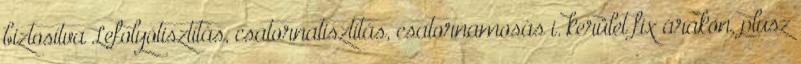
biztosítva Lefolyótisztítás, csatornatisztítás, csatornamosás i. kerület fix árakon, plusz